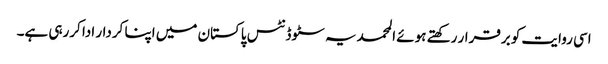
اسی روایت کو برقرار رکھتے ہوئے المحمدیہ سٹوڈنٹس پاکستان میں اپنا کردار ادا کررہی ہے۔